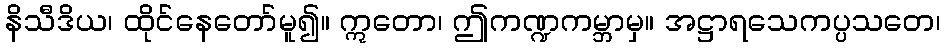
နိသီဒိယ၊ ထိုင်နေတော်မူ၍။ ဣတော၊ ဤကဏ္ဍကမ္ဘာမှ။ အဋ္ဌာရသေကပ္ပသတေ၊